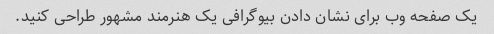
یک صفحه وب برای نشان دادن بیوگرافی یک هنرمند مشهور طراحی کنید.